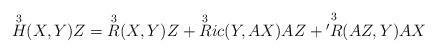
LaTeX: \begin{align*}\overset{3}{H} (X,Y)Z = \overset{3}{R} (X,Y)Z + \overset{3}{R}ic (Y,AX) AZ + \overset{3}{'R} (AZ,Y) AX\end{align*}